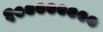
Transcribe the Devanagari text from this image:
१००००००००